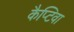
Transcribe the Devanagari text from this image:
कैप्टिवा